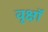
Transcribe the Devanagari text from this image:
वृक्षॉ